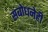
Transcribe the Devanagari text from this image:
संबोधनेही